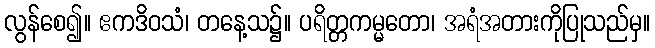
လွန်စေ၍။ ဧကဒိဝသံ၊ တနေ့သ၌။ ပရိတ္တကမ္မတော၊ အရံအတားကိုပြုသည်မှ။